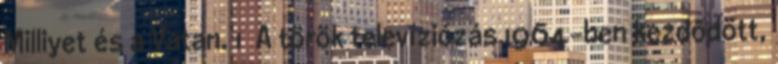
Milliyet és a Vatan. 1 A török televíziózás 1964-ben kezdődött,